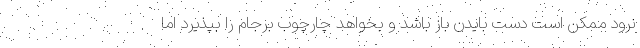
نرود ممکن است دست بایدن باز باشد و بخواهد چارچوب برجام را بپذیرد اما